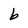
Character: b